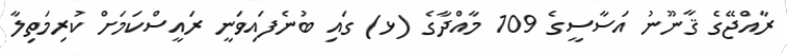
ރާއްޖޭގެ ޤާނޫނު އަސާސީގެ 109 މާއްދާގެ (ޅ) ގައި ބުނެފައިވަނީ ރައީސްކަމަށް ކުރިމަތިލާ